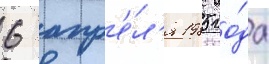
6 апр'е́л'я 1985 го́да